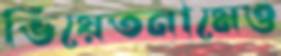
ভিয়েতনামেও